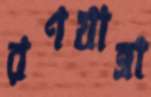
রণযাত্রা